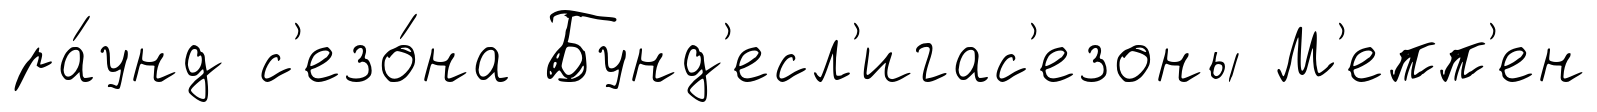
ра́унд с'езо́на Бунд'есл'игас'езоны М'епп'ен